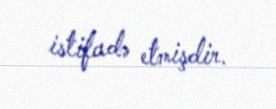
istifadə etmişdir.